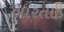
બારતાડ